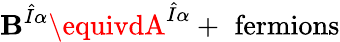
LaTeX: \mathbf{B}^{\hat{{I}}\alpha}\equivdA^{\hat{{I}}\alpha}+\mathrm{{\, \, fermions}}